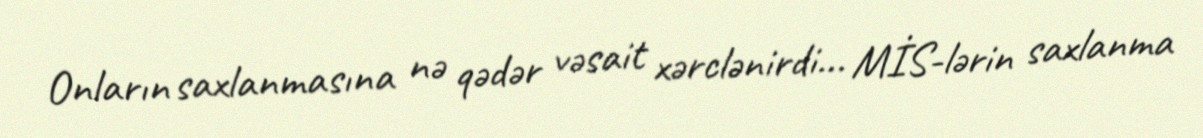
Onların saxlanmasına nə qədər vəsait xərclənirdi... MİS-lərin saxlanma